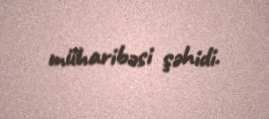
müharibəsi şəhidi.